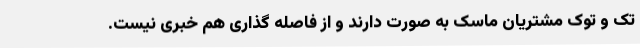
تک و توک مشتریان ماسک به صورت دارند و از فاصله گذاری هم خبری نیست.